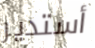
أستدير